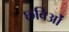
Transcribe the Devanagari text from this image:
छविओं